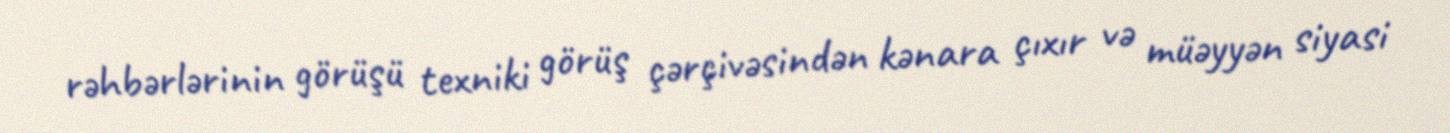
rəhbərlərinin görüşü texniki görüş çərçivəsindən kənara çıxır və müəyyən siyasi